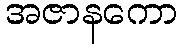
အဇာနကော